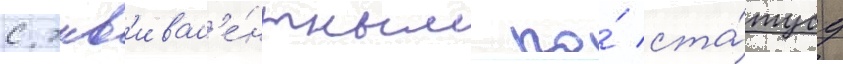
с экв'ивал'е́нтным по́ ста́тусу